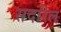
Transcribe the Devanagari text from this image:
सदरिल